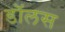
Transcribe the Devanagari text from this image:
डॉलस